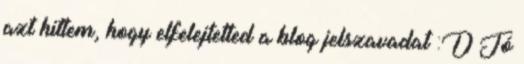
azt hittem, hogy elfelejtetted a blog jelszavadat :D Jó